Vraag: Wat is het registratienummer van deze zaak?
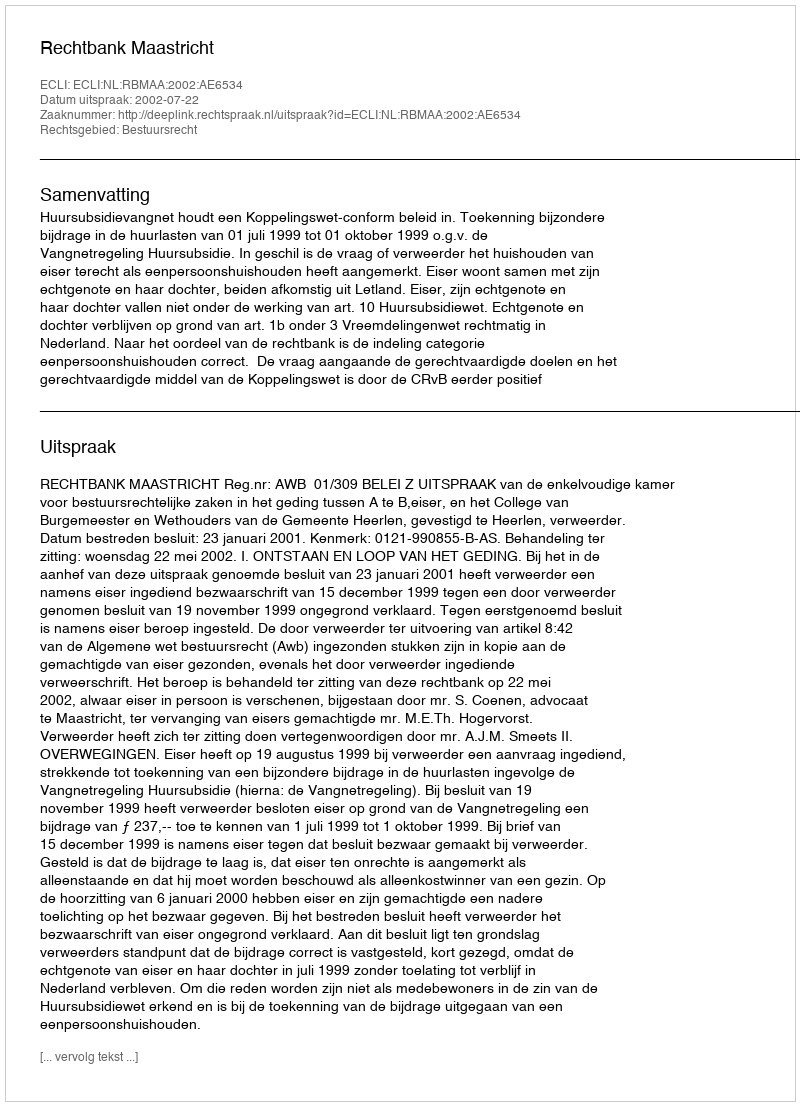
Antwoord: http://deeplink.rechtspraak.nl/uitspraak?id=ECLI:NL:RBMAA:2002:AE6534